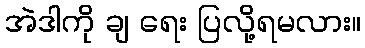
အဲဒါကို ချ ရေး ပြလို့ရမလား။